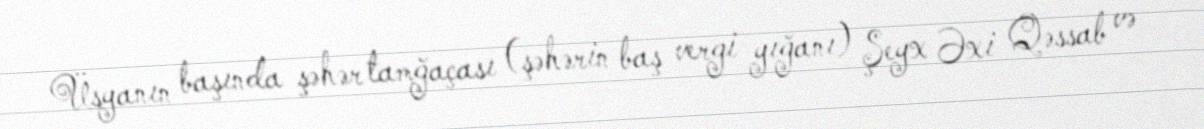
Üsyanın başında şəhər tamğaçası (şəhərin baş vergi yığanı) Şeyx Əxi Qəssab və